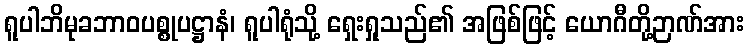
ရူပါဘိမုခဘာဝပစ္စုပဋ္ဌာနံ၊ ရူပါရုံသို့ ရှေးရှုသည်၏ အဖြစ်ဖြင့် ယောဂီတို့ဉာဏ်အား